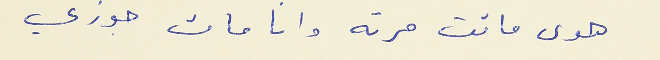
هوى ماتت مرته وانا مات جوزي